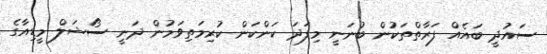
ސައުދީ ބައެއް ފަރާތްތަކުން ބުނަނީ މިފަދަ ކަންކަން ކުރިމަތިވަމުން ދަނީ ސޯޝަލް މީޑިއާގެ